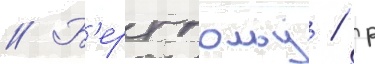
// Б'ерггольц / р